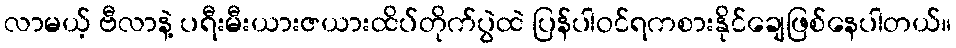
လာမယ့် ဗီလာနဲ့ ပရီးမီးယားဇယားထိပ်တိုက်ပွဲထဲ ပြန်ပါဝင်ရကစားနိုင်ချေဖြစ်နေပါတယ်။